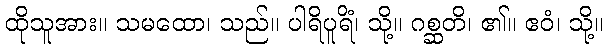
ထိုသူအား။ သမထော၊ သည်။ ပါရိပူရိံ၊ သို့။ ဂစ္ဆတိ၊ ၏။ ဧဝံ၊ သို့။